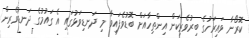
ކޮރޯނާ ވައިރަހުގެ ބިރުވެރިކަން އިންތިހާއަށް ބޮޑުވެފައިވާ މި ދަނޑިވަޅުގައި އެ ގައުމުގެ ދަނޑުވެރިން